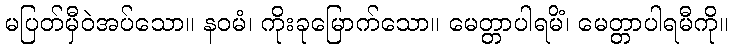
မပြတ်မှီဝဲအပ်သော။ နဝမံ၊ ကိုးခုမြောက်သော။ မေတ္တာပါရမိံ၊ မေတ္တာပါရမီကို။